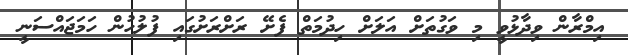
އިމްރާން ވިދާޅުވީ މި ވަގުތަށް އަލަށް ހިދުމަތް ފެށޭ ރަށްރަށުގައި ފުލުހުން ހަމަޖައްސަނީ